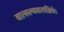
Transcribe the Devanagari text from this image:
वात्सल्यवारान्निधे।